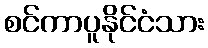
စင်ကာပူနိုင်ငံသား